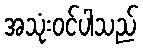
အသုံးဝင်ပါသည်